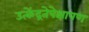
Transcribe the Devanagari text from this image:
उत्केंद्रतेपेक्षापण